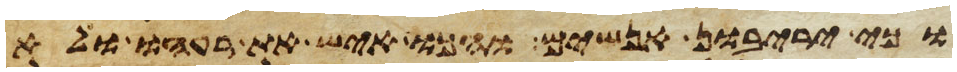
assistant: וכי יריבון אנשים והכו איש את רעהו ולא